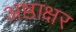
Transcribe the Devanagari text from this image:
अष्ठाक्षर